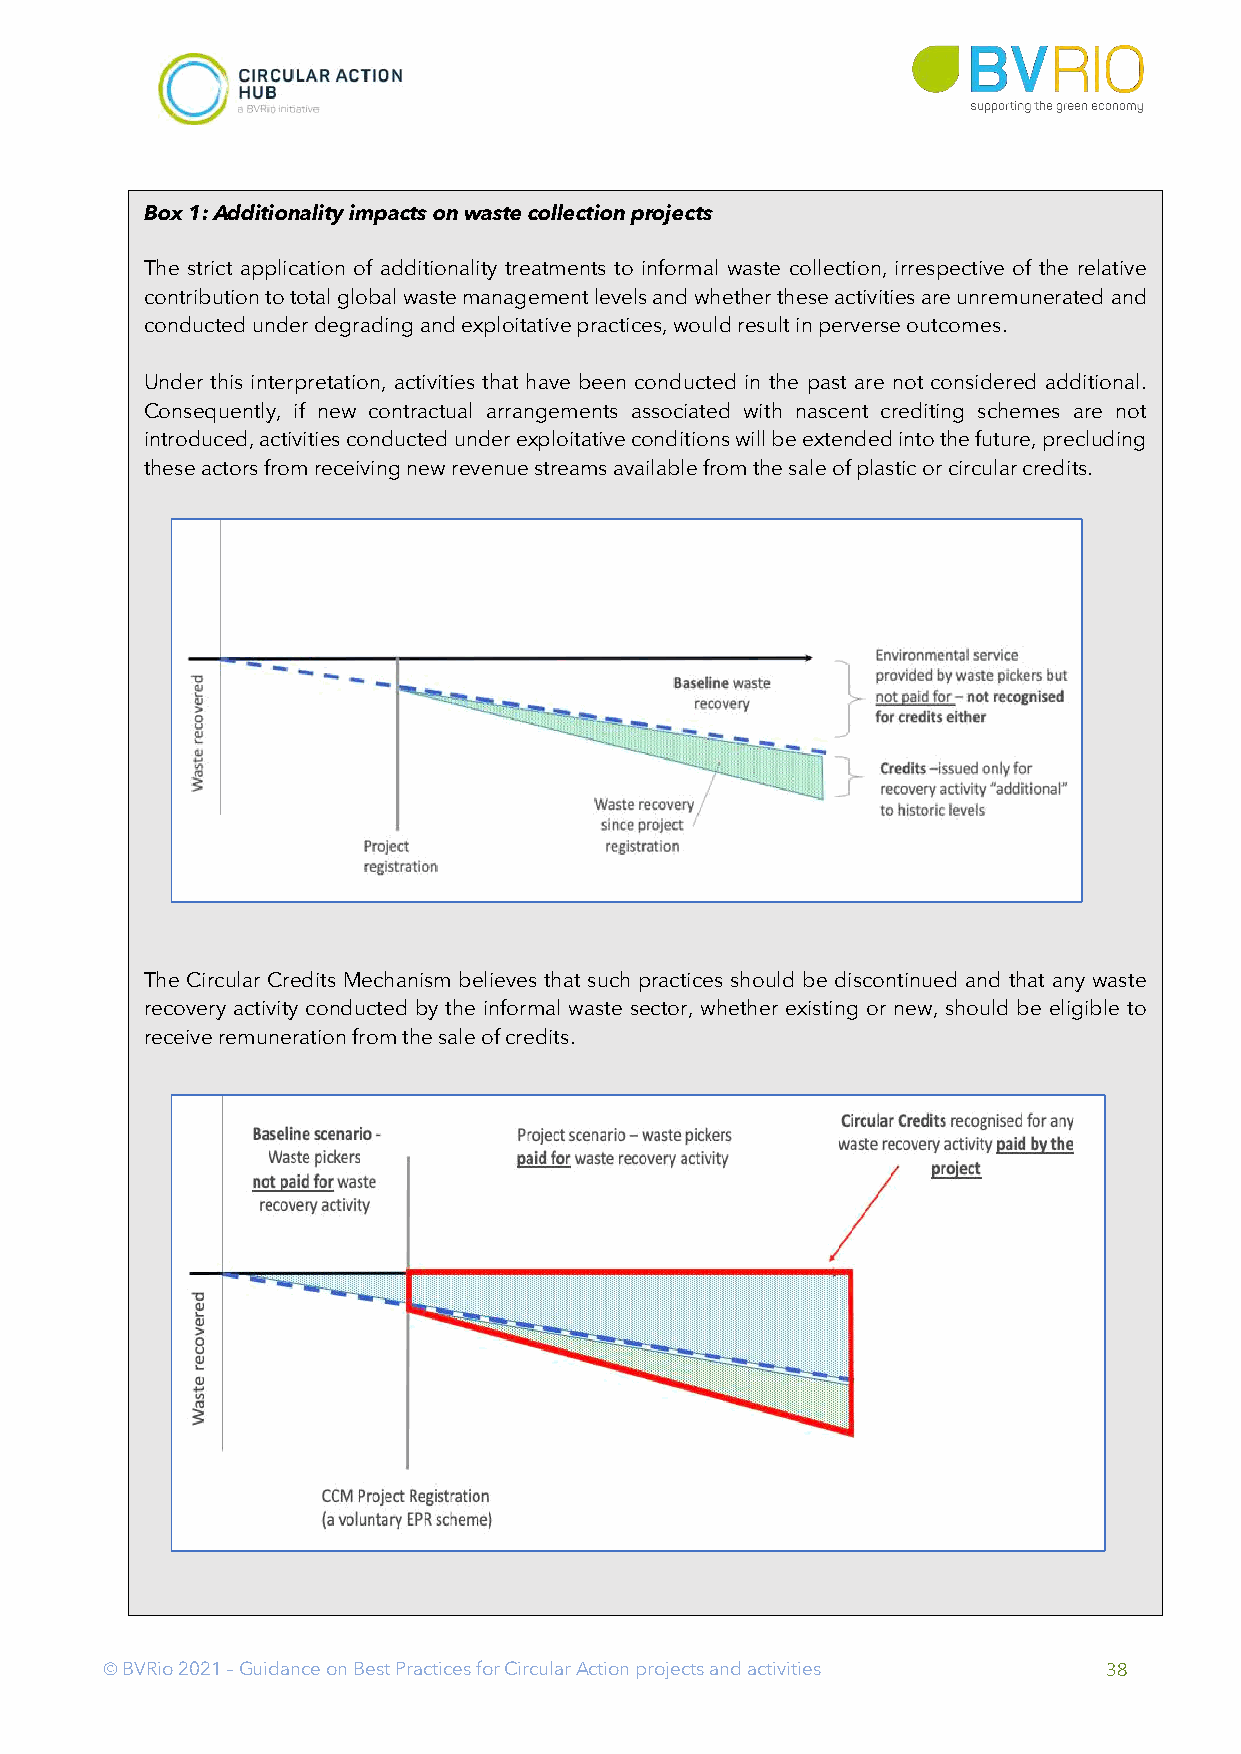
Box 1: Additionality impacts on waste collection projects
 The strict application of additionality treatments to informal waste collection, irrespective of the relative
 contribution to total global waste management levels and whether these activities are unremunerated and
 conducted under degrading and exploitative practices, would result in perverse outcomes.
 Under this interpretation, activities that have been conducted in the past are not considered additional.
 Consequently, if new contractual arrangements associated with nascent crediting schemes are not
 introduced, activities conducted under exploitative conditions will be extended into the future, precluding
 these actors from receiving new revenue streams available from the sale of plastic or circular credits.
 The Circular Credits Mechanism believes that such practices should be discontinued and that any waste
 recovery activity conducted by the informal waste sector, whether existing or new, should be eligible to
 receive remuneration from the sale of credits.
 Ó BVRio 2021 – Guidance on Best Practices for Circular Action projects and activities 38